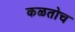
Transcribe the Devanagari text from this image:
कळतोच